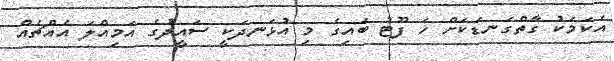
އެކަމަކު ގާތްގަނޑަކަށް ހަ ފޫޓު ބައިގެ މި އުޅަނދަކީ ސައީދުގެ އަމިއްލަ އެއްޗެއް